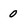
Character: 0